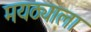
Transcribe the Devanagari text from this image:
मयठ्याला